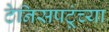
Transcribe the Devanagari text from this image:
टेनिसपटूंच्या